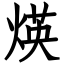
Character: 煐